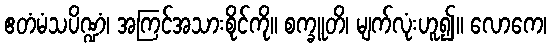
ဧတံမံသပိဏ္ဍံ၊ အကြင်အသားစိုင်ကို။ စက္ခူတိ၊ မျက်လုံးဟူ၍။ လောကေ၊